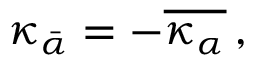
\kappa _ { \bar { \alpha } } = - \overline { { { \kappa _ { \alpha } } } } \, ,